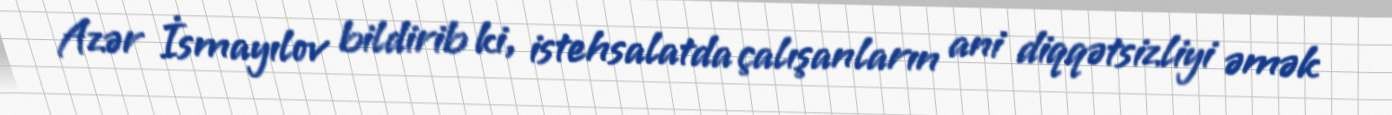
Azər İsmayılov bildirib ki, istehsalatda çalışanların ani diqqətsizliyi əmək